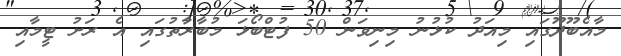
މާއެބޫދޫގައި މިއަދު ކުޅުނު މިނިވަން 50 ފުޓްބޯޅަ މުބާރާތުގައި އެ ރަށު ޓީމާއި